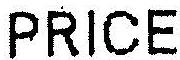
PRICE